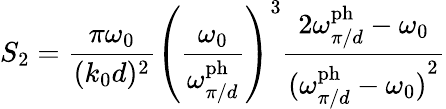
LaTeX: S_{2}=\frac{\pi\omega_{0}}{(k_{0}d)^{2}}\left(\frac{\omega_{0}}{\omega_{\pi/d}^{\mathrm{ph}}}\right)^{3}\frac{2\omega_{\pi/d}^{\mathrm{ph}}-\omega_{0}}{{(\omega_{\pi/d}^{\mathrm{ph}}-\omega_{0})}^{2}}